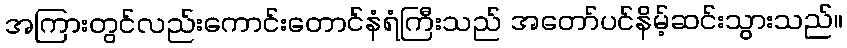
အကြားတွင်လည်းကောင်းတောင်နံရံကြီးသည် အတော်ပင်နိမ့်ဆင်းသွားသည်။